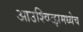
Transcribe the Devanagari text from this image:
आउश्वित्झमध्येच